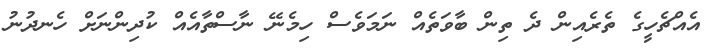
އެއްޗެހީގެ ތެރެއިން ދެ ތިން ބާވަތެއް ނަމަވެސް ހިމެނޭ ނާސްތާއެއް ކުދިންނަށް ހެނދުނު